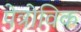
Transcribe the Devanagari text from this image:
पेत्रोविक